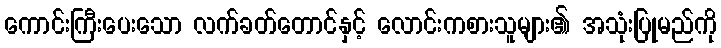
ကောင်းကြီးပေးသော လက်ခတ်တောင်နှင့် လောင်းကစားသူများ၏ အသုံးပြုမည်ကို